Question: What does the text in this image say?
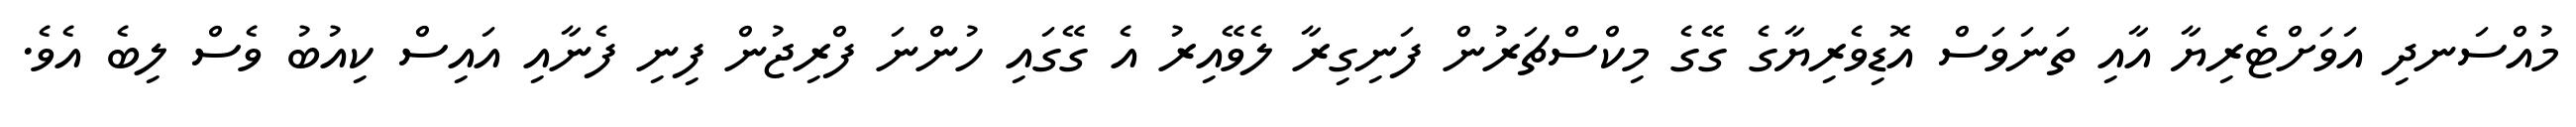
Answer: މުއްސަނދި އަވަށްޓެރިޔާ އާއި ތަނަވަސް އޮޑިވެރިޔާގެ ގޭގެ މިކްސްޗަރުން ފަނިގިރާ ލެވޭއިރު އެ ގޭގައި ހުންނަ ފްރިޖުން ފިނި ފެނާއި އައިސް ކިއުބު ވެސް ލިބެ އެވެ.